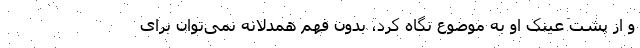
و از پشت عینک او به موضوع نگاه کرد، بدون فهم همدلانه نمی‌توان برای